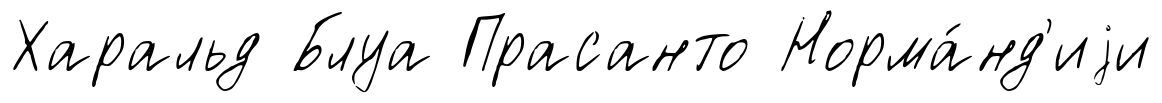
Харальд Блуа Прасанто Норма́нд'иjи